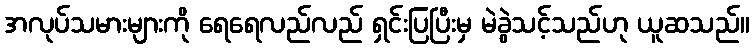
အလုပ်သမားများကို ရေရေလည်လည် ရှင်းပြပြီးမှ မဲခွဲသင့်သည်ဟု ယူဆသည်။